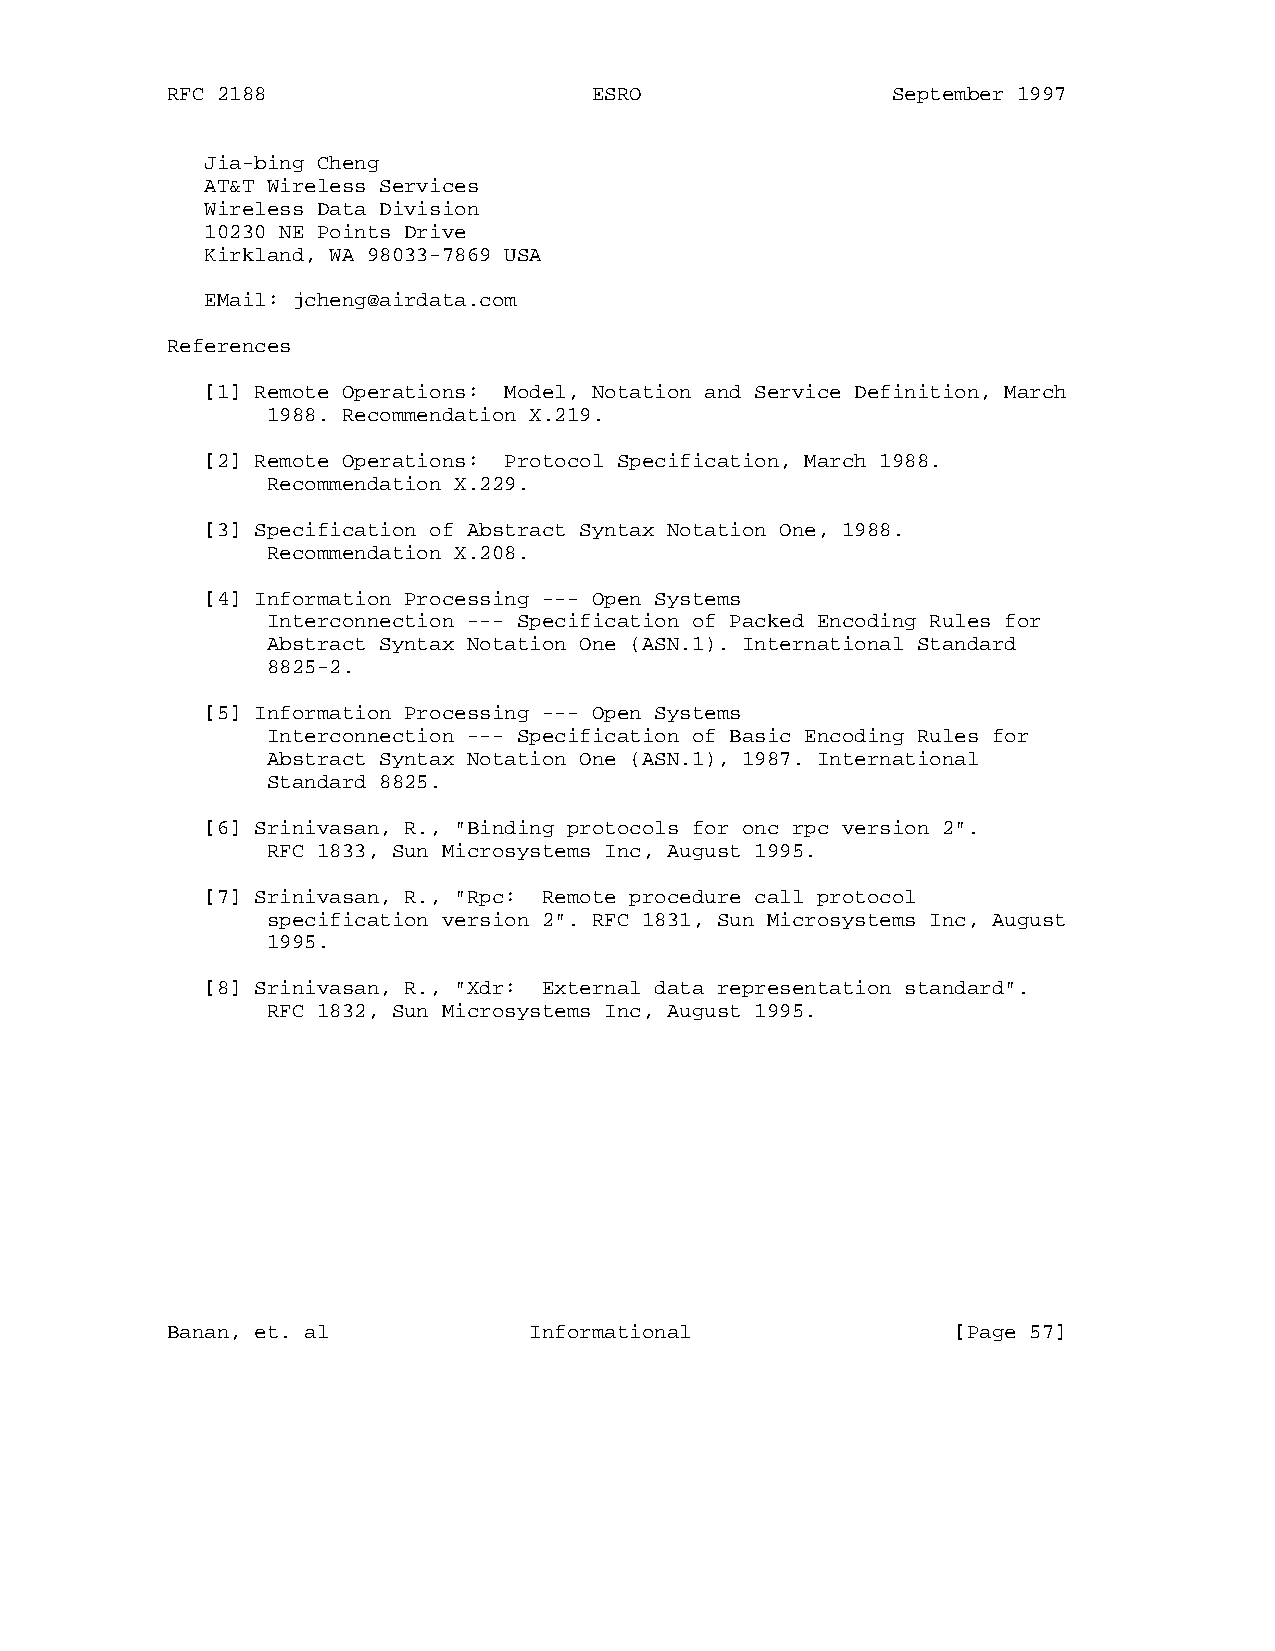
RFC 2188                    ESRO                September 1997
 Jia-bing Cheng
 AT&T Wireless Services
 Wireless Data Division
 10230 NE Points Drive
 Kirkland, WA 98033-7869 USA
 EMail: jcheng@airdata.com
 References
 [1] Remote Operations: Model, Notation and Service Definition, March
 1988. Recommendation X.219.
 [2] Remote Operations: Protocol Specification, March 1988.
 Recommendation X.229.
 [3] Specification of Abstract Syntax Notation One, 1988.
 Recommendation X.208.
 [4] Information Processing --- Open Systems
 Interconnection --- Specification of Packed Encoding Rules for
 Abstract Syntax Notation One (ASN.1). International Standard
 8825-2.
 [5] Information Processing --- Open Systems
 Interconnection --- Specification of Basic Encoding Rules for
 Abstract Syntax Notation One (ASN.1), 1987. International
 Standard 8825.
 [6] Srinivasan, R., "Binding protocols for onc rpc version 2".
 RFC 1833, Sun Microsystems Inc, August 1995.
 [7] Srinivasan, R., "Rpc: Remote procedure call protocol
 specification version 2". RFC 1831, Sun Microsystems Inc, August
 1995.
 [8] Srinivasan, R., "Xdr: External data representation standard".
 RFC 1832, Sun Microsystems Inc, August 1995.
 Banan, et. al           Informational               [Page 57]